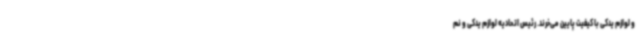
و لوازم یدکی با کیفیت پایین می‌خرند. رئیس اتحادیه لوازم یدکی و نم